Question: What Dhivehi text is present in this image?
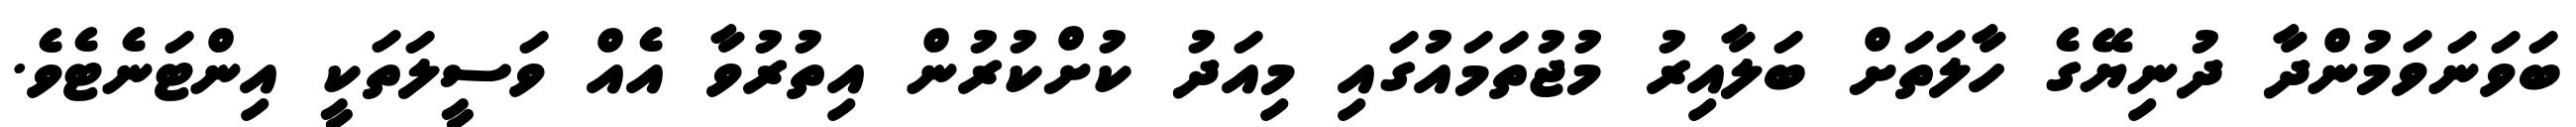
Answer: ބަވަނަވަމުންދާ ދުނިޔޭގެ ހާލަތަށް ބަލާއިރު މުޖުތަމައުގައި މިއަދު ކުށްކުރުން އިތުރުވާ އެއް ވަސީލަތަކީ އިންޓަނެޓެވެ.